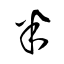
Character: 半